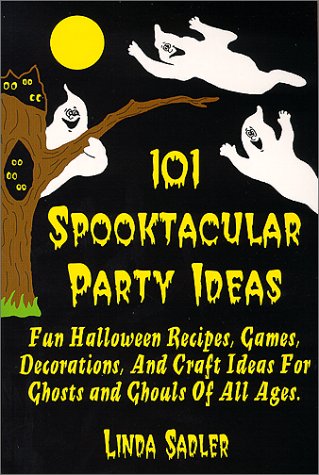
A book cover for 101 Spooktacular Party Ideas; Linda Sadler; Cookbooks, Food & Wine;